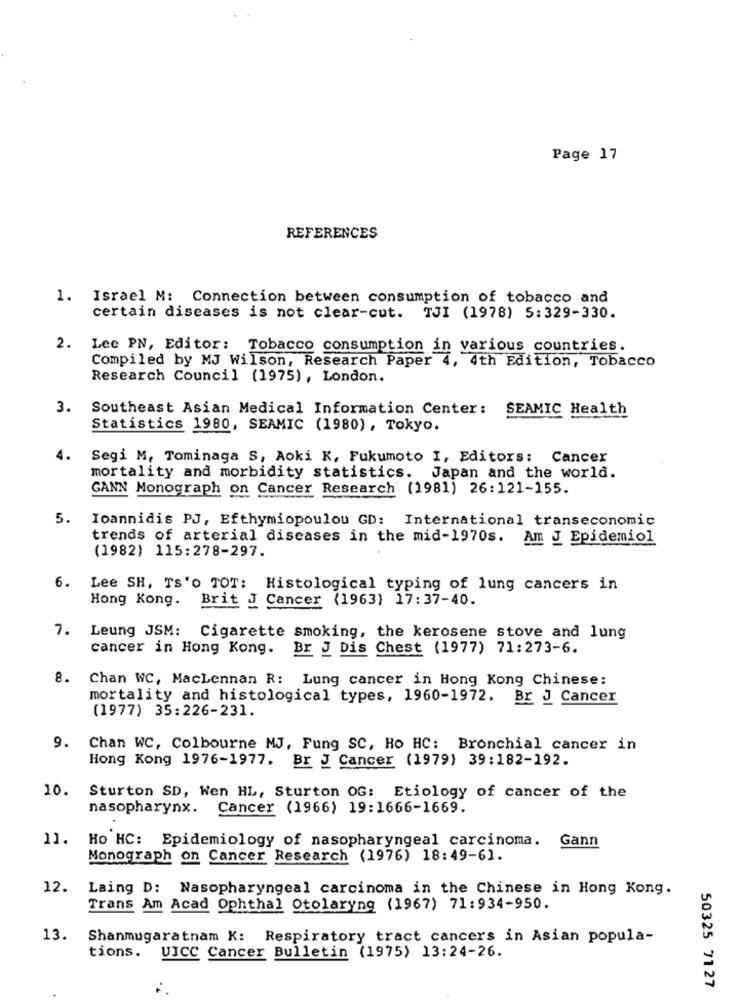
Page 17
REFERENCES
1. Israel M: Connection between consumption of tobacco and
certain diseases is not clear-cut. TJI (1978) 5:329-330.
2.
Lee PN, Editor: Tobacco consumption in various countries.
Compiled by MJ Wilson, Research Paper 4, 4th Edition, Tobacco
Research Council (1975), London.
3.
Southeast Asian Medical Information Center: SEAMIC Health
Statistics 1980, SEAMIC (1980), Tokyo.
4.
Segi M, Tominaga S, Aoki K, Fukumoto I, Editors: Cancer
mortality and morbidity statistics.
Japan and the world.
GANN Monograph on Cancer Research (1981) 26:121-155.
5.
Ioannidis PJ, Efthymiopoulou GD: International transeconomic
trends of arterial diseases in the mid-1970s. Am J Epidemiol
(1982) 115:278-297.
Lee SH, TS'O TOT: Histological typing of lung cancers in
Hong Kong.
Brit J Cancer (1963) 17:37-40.
7.
Leung JSM:
Cigarette smoking, the kerosene stove and lung
cancer in Hong Kong. Br J Dis Chest (1977) 71:273-6.
8. Chan WC, MacLennan R: Lung cancer in Hong Kong Chinese:
mortality and histological types, 1960-1972. Br J Cancer
(1977) 35:226-231.
9.
Chan WC, Colbourne MJ, Fung SC, Ho HC: Bronchial cancer in
Hong Kong 1976-1977. Br J Cancer (1979) 39:182-192.
10.
Sturton SD, Wen HL, Sturton OG: Etiology of cancer of the
nasopharynx.
Cancer (1966) 19:1666-1669.
11.
Ho HC: Epidemiology of nasopharyngeal carcinoma.
Gann
Monograph on Cancer Research (1976) 18:49-61.
12.
Laing D: Nasopharyngeal carcinoma in the Chinese in Hong Kong.
Trans Am Acad Ophthal Otolaryngo1967) 71:934-950.
13.
Shanmugaratnam K: Respiratory tract cancers in Asian popula-
tions. UICC Cancer Bulletin (1975) 13:24-26.
50325 7127